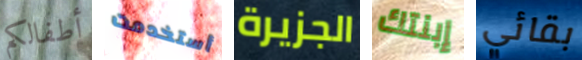
أطفالكم أستخدمت الجزيرة إبنتك بقائي